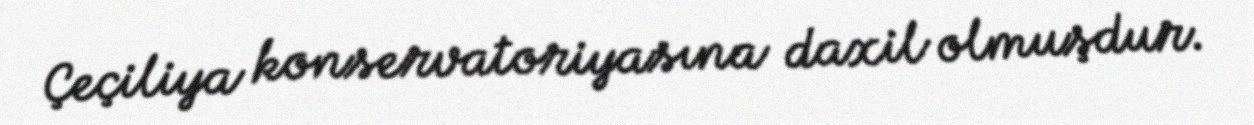
Çeçiliya konservatoriyasına daxil olmuşdur.